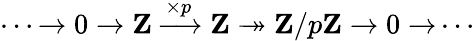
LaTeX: \cdots{\xrightarrow{}}\; 0\; {\xrightarrow{}}\; \mathbf{Z}\; {\xrightarrow{\times p}}\; \mathbf{Z}\twoheadrightarrow\mathbf{Z}/p\mathbf{Z}\; {\xrightarrow{}}\; 0\; {\xrightarrow{}}\cdots